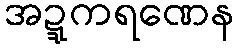
အဍ္ဍကရဏေန